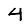
Digit: 4